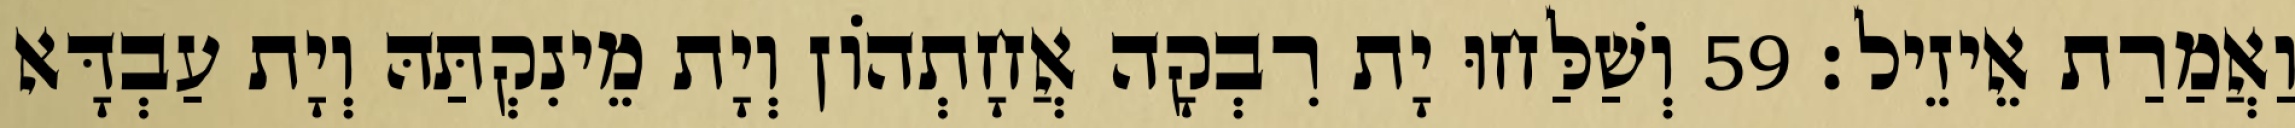
וַאֲמַרַת אֵיזֵיל׃ 59 וְשַׁלַּחוּ יָת רִבְקָה אֲחָתְהוֹן וְיָת מֵינִקְתַּהּ וְיָת עַבְדָּא